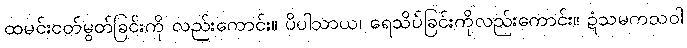
ထမင်းငတ်မွတ်ခြင်းကို လည်းကောင်း။ ပိပါသာယ၊ ရေသိပ်ခြင်းကိုလည်းကောင်း။ ဍံသမကသဝါ